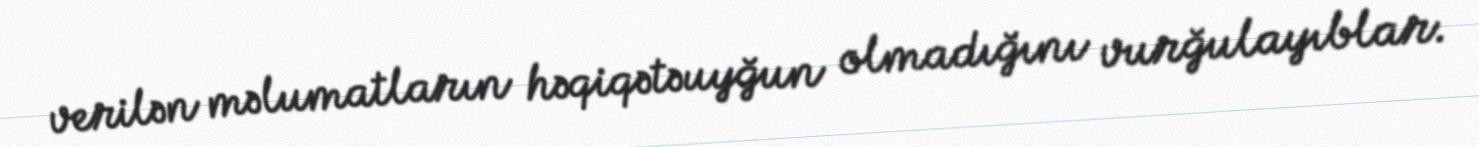
verilən məlumatların həqiqətəuyğun olmadığını vurğulayıblar.